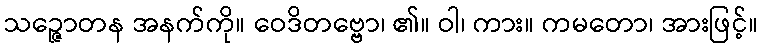
သဉ္ဇောတန အနက်ကို။ ဝေဒိတဗ္ဗော၊ ၏။ ဝါ၊ ကား။ ကမတော၊ အားဖြင့်။